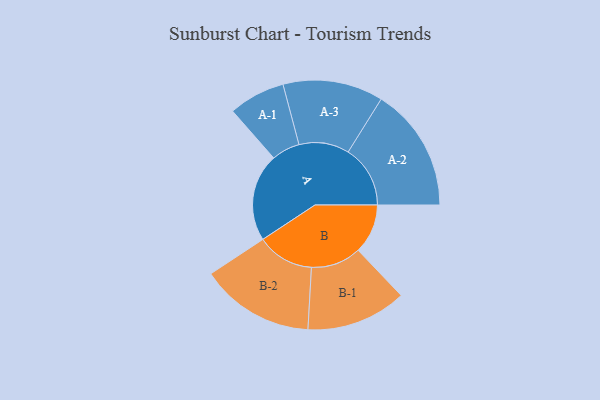
{"axis": {"x": "Segment", "y": "Value"}, "legend": ["", "A", "B"], "data": [{"x": "A", "y": 317, "type": ""}, {"x": "B", "y": 179, "type": ""}, {"x": "A-1", "y": 102, "type": "A"}, {"x": "A-2", "y": 224, "type": "A"}, {"x": "A-3", "y": 181, "type": "A"}, {"x": "B-1", "y": 181, "type": "B"}, {"x": "B-2", "y": 206, "type": "B"}]}